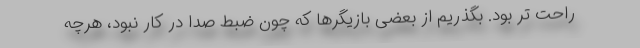
راحت تر بود. بگذريم از بعضى بازيگرها كه چون ضبط صدا در كار نبود، هرچه